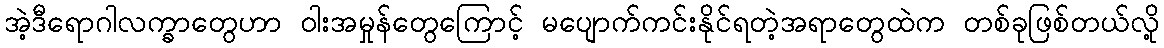
အဲ့ဒီရောဂါလက္ခာတွေဟာ ဝါးအမှုန်တွေကြောင့် မပျောက်ကင်းနိုင်ရတဲ့အရာတွေထဲက တစ်ခုဖြစ်တယ်လို့